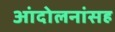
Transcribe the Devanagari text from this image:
आंदोलनांसह